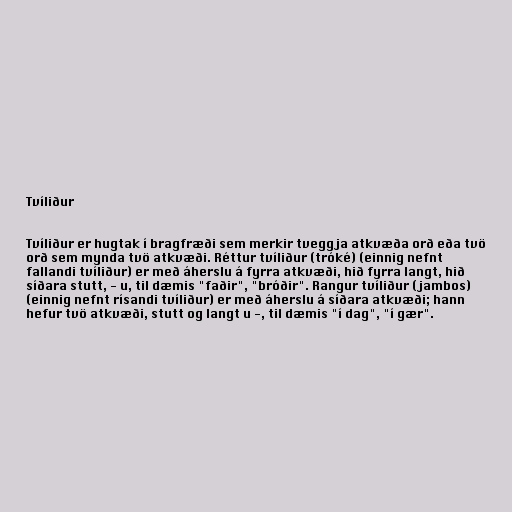
Tvíliður

Tvíliður er hugtak í bragfræði sem merkir tveggja atkvæða orð eða tvö
orð sem mynda tvö atkvæði. Réttur tvíliður (tróké) (einnig nefnt
fallandi tvíliður) er með áherslu á fyrra atkvæði, hið fyrra langt, hið
síðara stutt, - u, til dæmis "faðir", "bróðir". Rangur tvíliður (jambos)
(einnig nefnt rísandi tvíliður) er með áherslu á síðara atkvæði; hann
hefur tvö atkvæði, stutt og langt u -, til dæmis "í dag", "í gær".